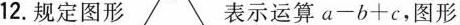
12.规定图形 表示运算$$a - b + c$$，图形